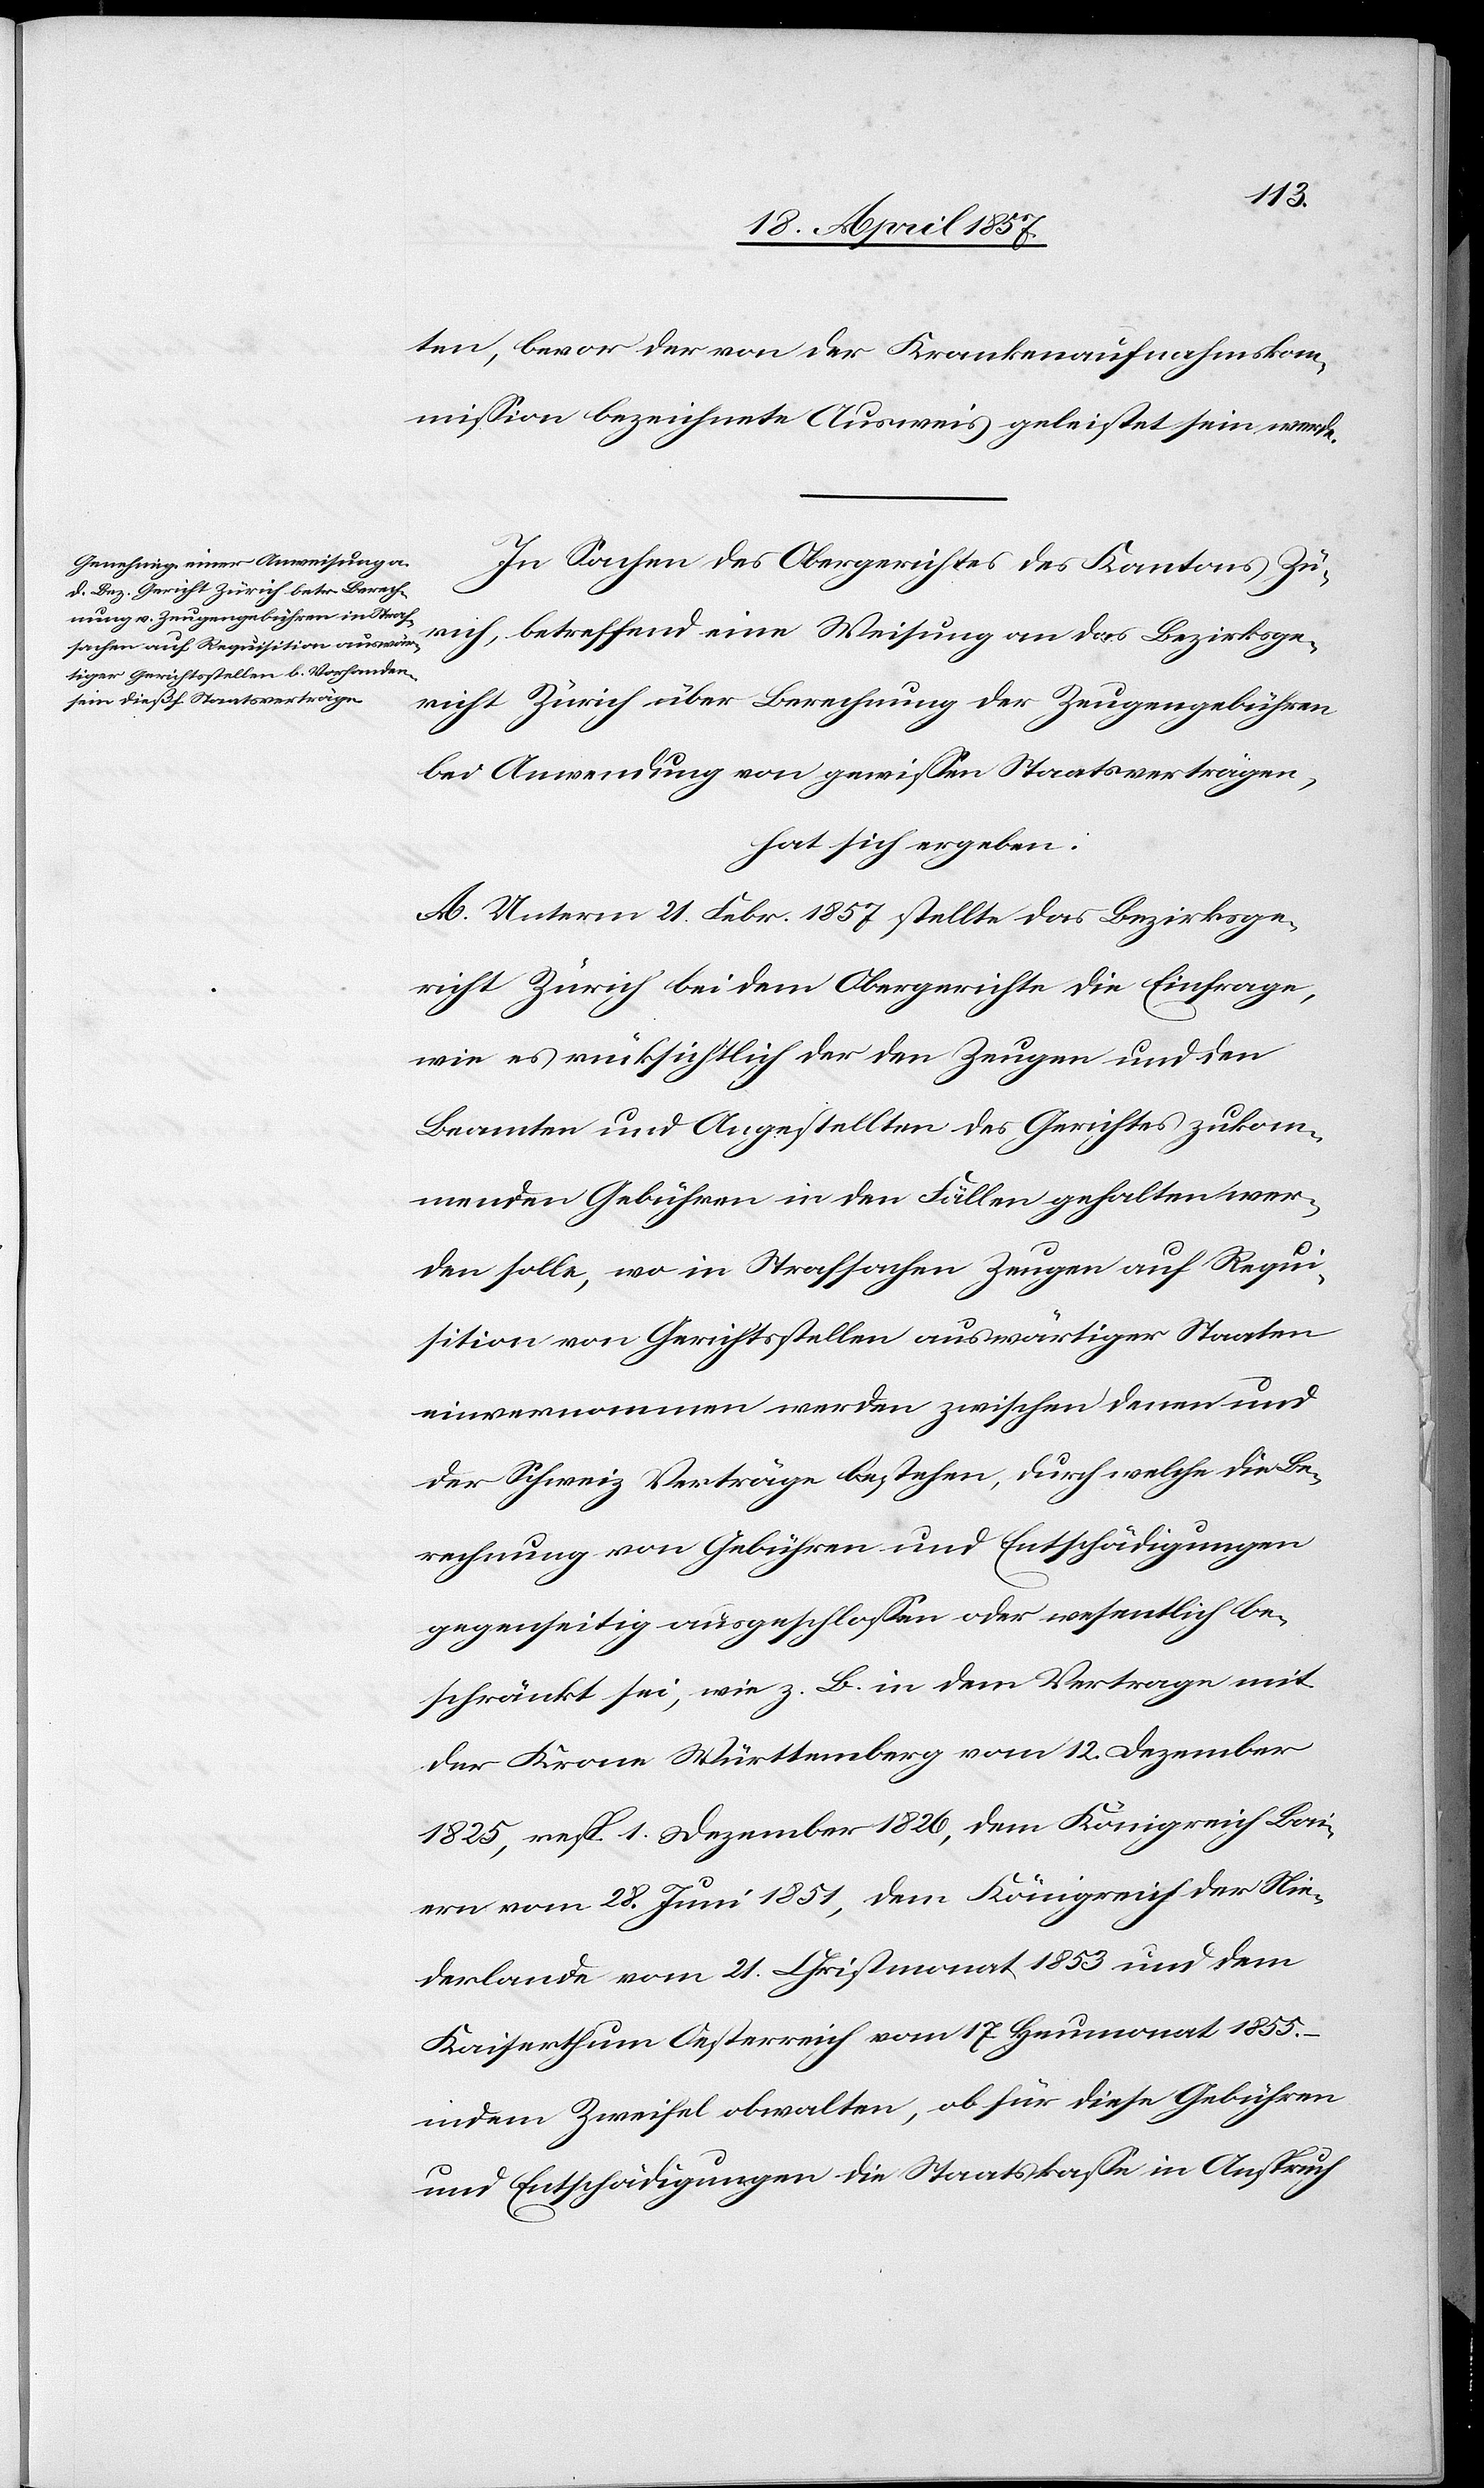
ten, bevor der von der Krankenaufnahmskom¬
mission bezeichnete Ausweis geleistet sein werde.
In Sachen des Obergerichtes des Kantons Zü¬
rich, betreffend eine Weisung an das Bezirksge¬
richt Zürich über Berechnung der Zeugengebühren
bei Anwendung von gewissen Staatsverträgen,
hat sich ergeben:
A. Unterm 21. Febr. 1857 stellte das Bezirksge¬
richt Zürich bei dem Obergerichte die Einfrage,
wie es rücksichtlich der den Zeugen und den
Beamten und Angestellten des Gerichtes zukom¬
menden Gebühren in den Fällen gehalten wer¬
den solle, wo in Strafsachen Zeugen auf Requi¬
sition von Gerichtsstellen auswärtiger Staaten
einvernommen werden zwischen denen und
der Schweiz Verträge bestehen, durch welche die Be¬
rechnung von Gebühren und Entschädigungen
gegenseitig ausgeschlossen oder wesentlich be¬
schränkt sei, wie z. B. in dem Vertrage mit
der Krone Württemberg vom 12. Dezember
1825, resp. 1. Dezember 1826, dem Königreich Bai¬
ern vom 28. Juni 1851, dem Königreich der Nie¬
derlande vom 21. Christmonat 1853 und dem
Kaiserthum Oesterreich vom 17. Heumonat 1855.
indem Zweifel obwalten, ob für diese Gebühren
und Entschädigungen die Staatskasse in Anspruch